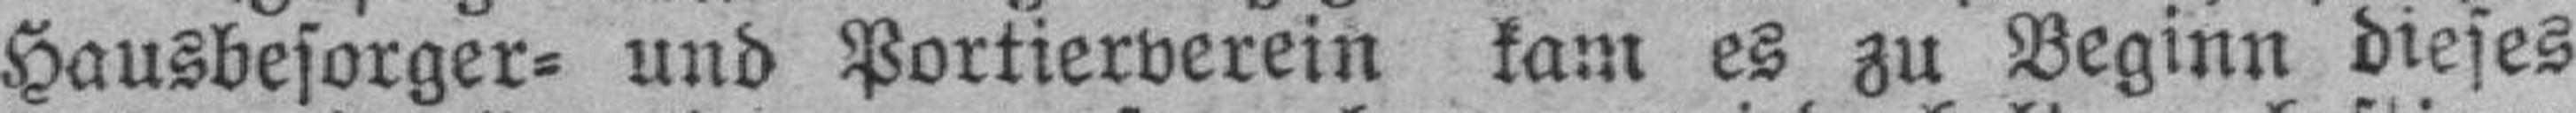
Hausbesorger= und Portierverein kam es zu Beginn dieses